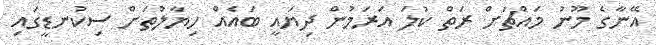
އޭނާގެ މޫނު މައްޗަށް ރަތް ކުލަ އަރަމުން ދިޔައީ ބައެއް ހިޔާލުތަށް ސިކުނޑީގައި